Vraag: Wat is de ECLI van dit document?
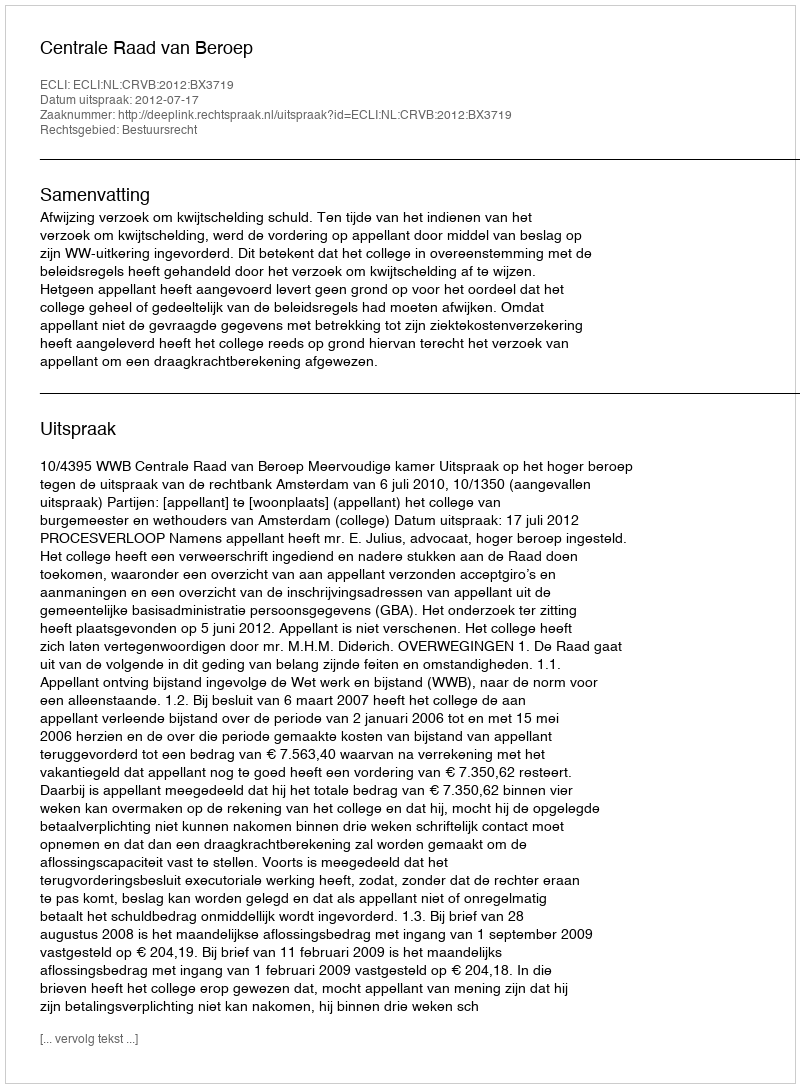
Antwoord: ECLI:NL:CRVB:2012:BX3719